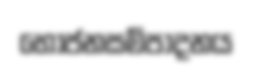
භෝජනසම්පාදනය